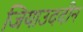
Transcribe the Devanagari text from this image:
जियाउददीन